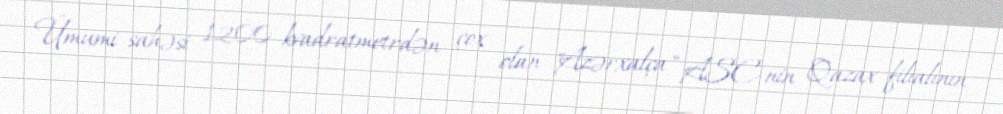
Ümumi sahəsi 1200 kvadratmetrdən çox olan "Azərxalça" ASC-nin Qazax filialının